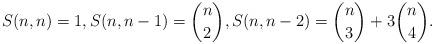
LaTeX: \begin{align*}S(n,n) = 1, S(n,n-1) = \binom{n}{2}, S(n,n-2) = \binom{n}{3} + 3\binom{n}{4}.\end{align*}